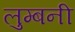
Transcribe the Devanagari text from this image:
लुम्बनी